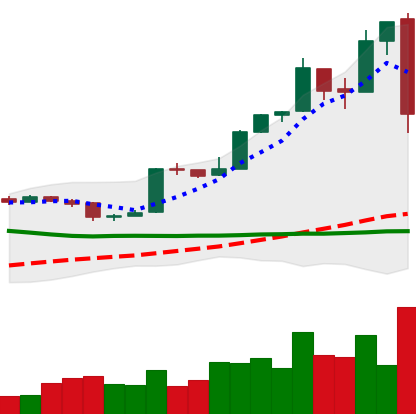
Ticker: BTC-USD
Chart end date: 2016-11-03
Forward return: 3.071%
Label: up_3_5